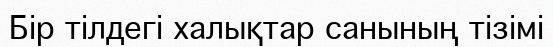
Бір тілдегі халықтар санының тізімі